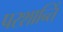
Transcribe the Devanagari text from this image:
परशान्तिं